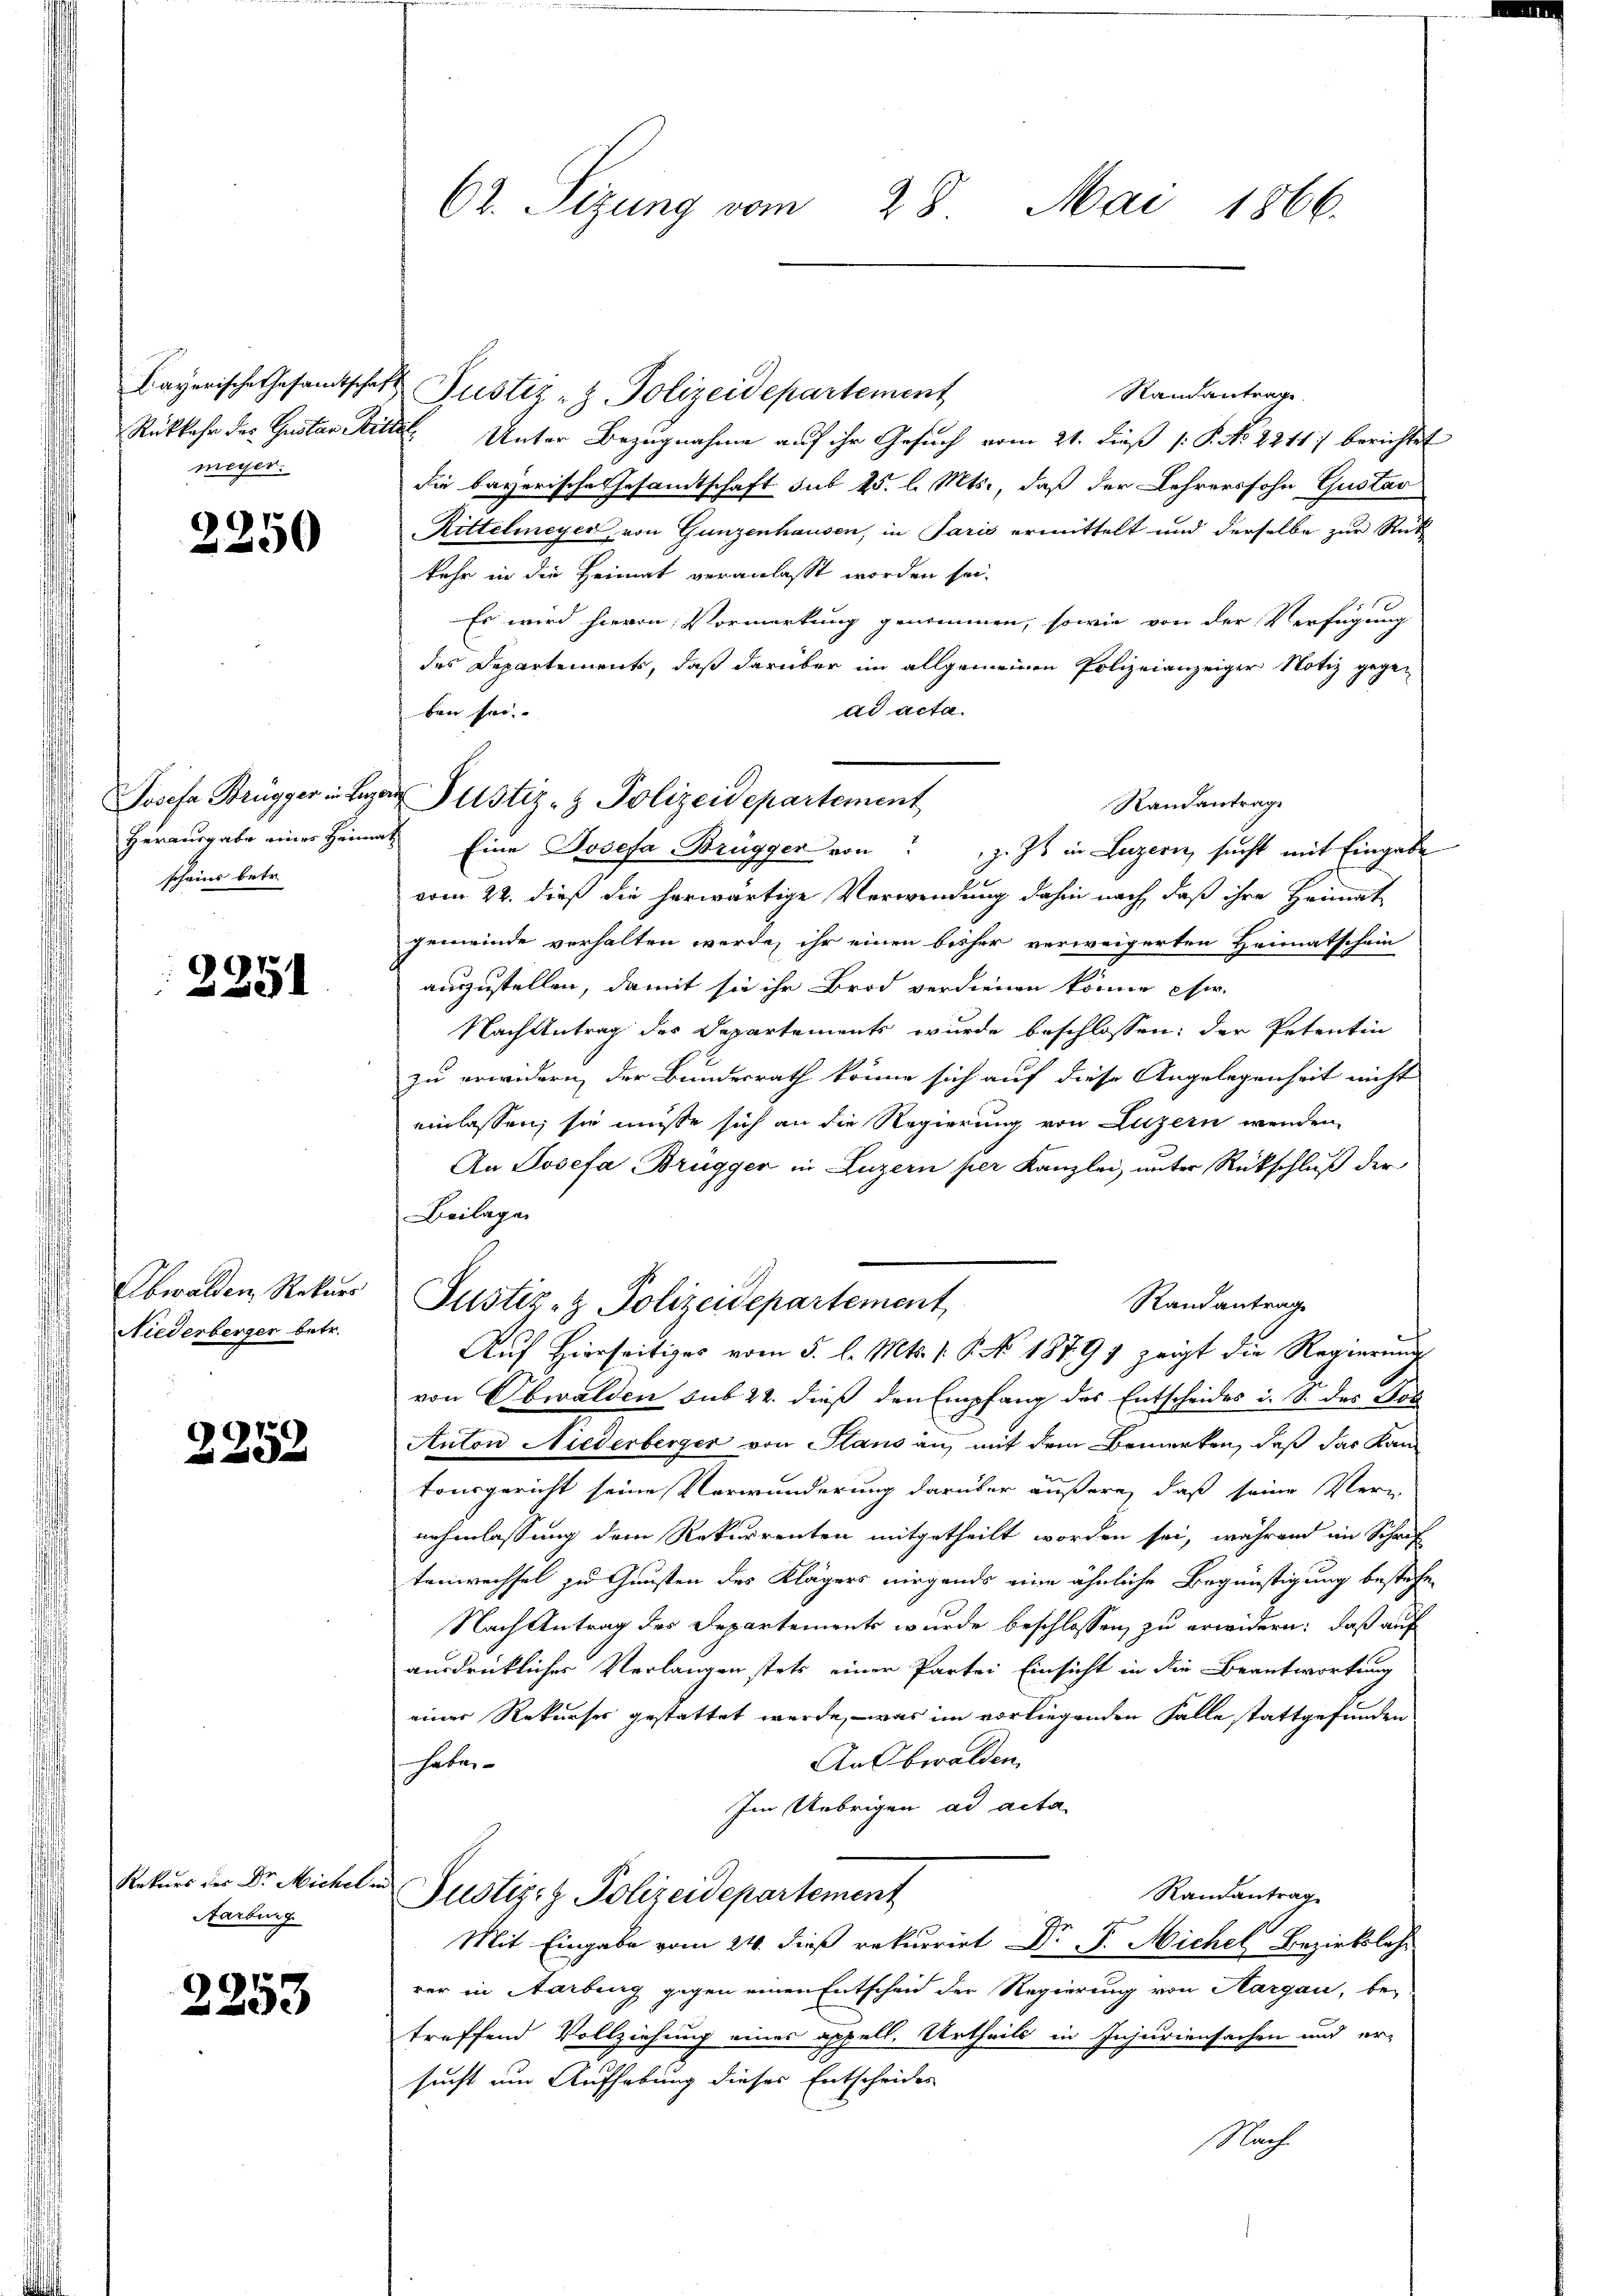
meyer.

2250

scheins betr.

2251

Obwalden, Rekurs
Niederberger betr.

2252

Rekurs der Dr. Michel
Aarburg

2253

62. Sizung vom 28. Mai 1866.

Bayerische Gesamtschaft Pustiz- & Polizeidepartement
Randantrage.
Rückkehr des Gustav Sitte Unter Bezugnahme auf ihr Gesuch vom 21. dieß (: P. No. 22117 berichtet
die bayerische Gesamtschaft sub 25 l. Mts., daß der Lehrerssohn Gustav
Rittelmeyer, von Gunzenhausen, in Paris ermittelt und derselbe zur Rück
kehr in die Heimat veranlasst worden sei.
No 10
Es wird hievon Vormerkung genommen, sowie von der Verfügung
des Departements, daß darüber im allgemeinen Polizeianzeiger Notiz gegen
ad acta.
ben sei.
Herausgabe einer Heimat Eine Josefa Brügger von J. Ist in Luzern, sucht mit Eingabe
vom 22. dieß die herwärtige Verwendung dahin nach, daß ihre Heimat
gemeinde verhalten werde, ihr einen bisher verweigerten Heimatschein
auszustellen, damit sie ihr Brod verdienen könne usw.
Nachantrag des Departements wurde beschlossen: der Petentin
zu erwidern der Bundesrath könne sich auf diese Angelegenheit nicht
einlassen, sie müsse sich an die Regierung von Luzern wenden
An Josefa Brügger in Luzern per Kanzlei, unter Rückschluß der
Beilage
Justiz- & Polizeidepartement
Randantrage
Aŭf Hierseitiges vom 5. l. Mts. s. S. No. 1879 zeigt die Regierung
von Obwalden sub 22. dieß den Empfang des Entscheides u. So das Tes
Auton Niederberger von Plans an, mit dem Bemerken, daß das Kantonsgericht seine Verwunderung darüber äußere, daß seine Ver-
nehmlassung dem Rekurrenten mitgetheilt worden sei, während im Schrif
tenwechsel zu Gunsten des Klägers nirgends eine ähnliche Begünstigung bestehen
Nach Antrag des Departements wurde beschlossen, zu erwidern: daß auf
ausdrückliches Verlangen stets einer Partei Einsicht in die Beantwortung
einer Rekurses gestattet werde, – was im vorliegenden Falle stattgefunden
Ausbwalden,
hate
Im Uebrigen ad acta
n
Randantrage
Justiz- & Polizeidepartement
Mit Eingabe vom 24. dieß rekurrirt Dr. F. Michel Bezirkslehr
rer in Aarbung gegen einen Entscheid der Regierung von Aargau, be-
treffend Vollziehung eines appell. Urtheils in Injuriensachen und ersucht um Aufhebung dieses Entscheides
Nach

Josefa Brügger in Lager Justiz- & Polizeidepartement

Randantrage

n